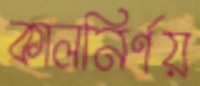
কালনির্ণয়